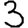
Digit: 3